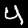
Label: 4